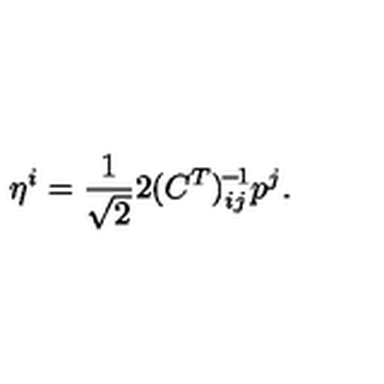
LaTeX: \eta ^ { i } = \frac { 1 } { \sqrt { 2 } } 2 ( C ^ { T } ) _ { i j } ^ { \! - \! 1 } p ^ { j } .